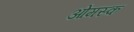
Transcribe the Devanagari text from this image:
ओमस्क